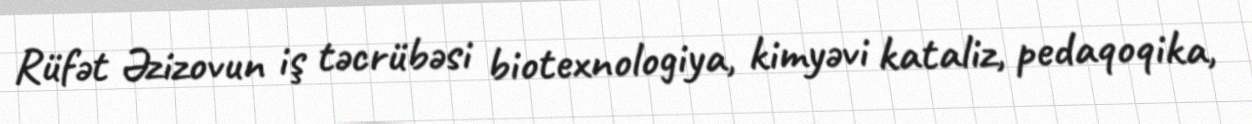
Rüfət Əzizovun iş təcrübəsi biotexnologiya, kimyəvi kataliz, pedaqoqika,